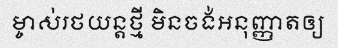
ម្ចាស់រថយន្តថ្មី មិនចង់អនុញ្ញាតឲ្យ